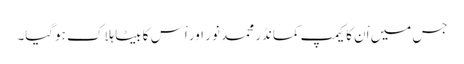
جس میں اْن کا کیمپ کمانڈر محمد نور اور اْس کا بیٹا ہلاک ہوگیا۔